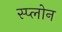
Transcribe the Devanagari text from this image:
स्प्लोन